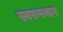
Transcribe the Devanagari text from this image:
स्वरुपवान